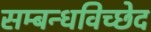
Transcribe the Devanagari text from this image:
सम्बन्धविच्छेद